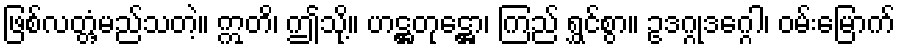
ဖြစ်လတ္တံ့မည်သတဲ့။ ဣတိ၊ ဤသို့။ ဟဋ္ဌတုဋ္ဌော၊ ကြည် ရွှင်စွာ။ ဥဒဂ္ဂုဒဂ္ဂေါ၊ ဝမ်းမြောက်